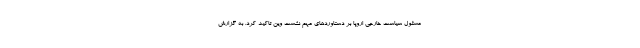
مسئول سیاست خارجی اروپا بر دستاوردهای مهم نشست وین تاکید کرد. به گزارش